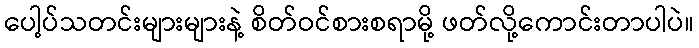
ပေါ့ပ်သတင်းများများနဲ့ စိတ်ဝင်စားစရာမို့ ဖတ်လို့ကောင်းတာပါပဲ။